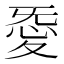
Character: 𢙴